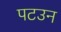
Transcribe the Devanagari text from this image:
पटउन